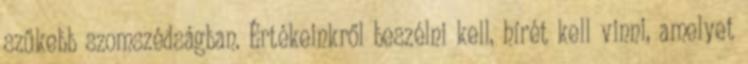
szűkebb szomszédságban. Értékeinkről beszélni kell, hírét kell vinni, amelyet